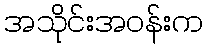
အသိုင်းအဝန်းက